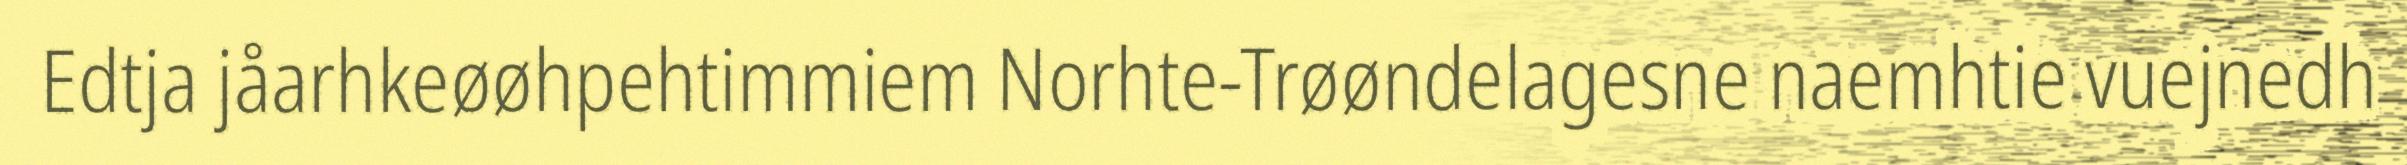
Edtja jåarhkeøøhpehtimmiem Norhte-Trøøndelagesne naemhtie vuejnedh